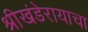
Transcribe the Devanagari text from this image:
श्रीखंडेरायाचा